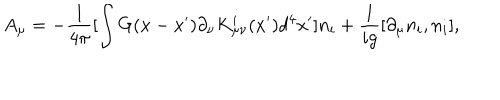
A _ { \mu } = - \frac 1 { 4 \pi } [ \int G ( x - x ^ { \prime } ) \partial _ { \nu } K _ { \mu \nu } ^ { i } ( x ^ { \prime } ) d ^ { 4 } x ^ { \prime } ] n _ { i } + \frac 1 { i g } [ \partial _ { \mu } n _ { i } , n _ { i } ] ,